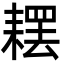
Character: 䎬